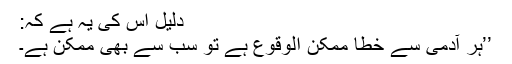
دلیل اس کی یہ ہے کہ:
’’ہر آدمی سے خطا ممکن الوقوع ہے تو سب سے بھی ممکن ہے۔